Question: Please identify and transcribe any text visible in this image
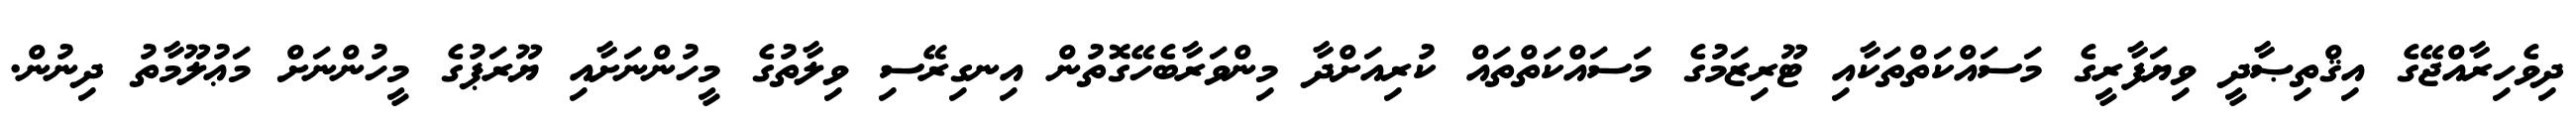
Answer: ދިވެހިރާއްޖޭގެ އިޤްތިޞާދީ ވިޔަފާރީގެ މަސައްކަތްތަކާއި ޓޫރިޒަމުގެ މަސައްކަތްތައް ކުރިއަށްދާ މިންވަރާބެހޭގޮތުން އިނގިރޭސި ވިލާތުގެ މީހުންނަށާއި ޔޫރަޕުގެ މީހުންނަށް މަޢުލޫމާތު ދިނުން.